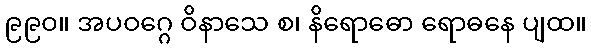
၉၉၀။ အပဝဂ္ဂေ ဝိနာသေ စ၊ နိရောဓော ရောဓနေ ပျထ။